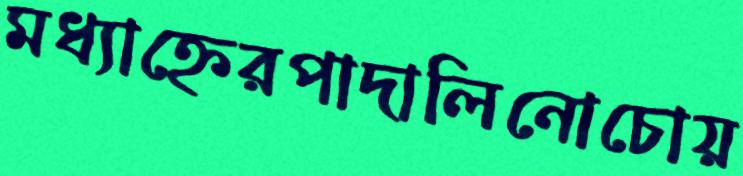
মধ্যাহ্নেরপাদালিনোচোয়